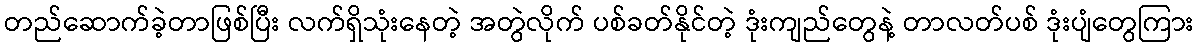
တည်ဆောက်ခဲ့တာဖြစ်ပြီး လက်ရှိသုံးနေတဲ့ အတွဲလိုက် ပစ်ခတ်နိုင်တဲ့ ဒုံးကျည်တွေနဲ့ တာလတ်ပစ် ဒုံးပျံတွေကြား